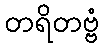
တရိတဗ္ဗံ